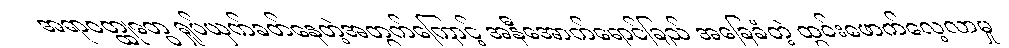
အရာဝတ္ထုတွေ ရှုပ်ယှက်ခတ်နေတဲ့အတွက်ကြောင့် အနီအောက်ရောင်ခြည် အခြေခံတဲ့ ထွင်းဖောက်လေ့လာမှု